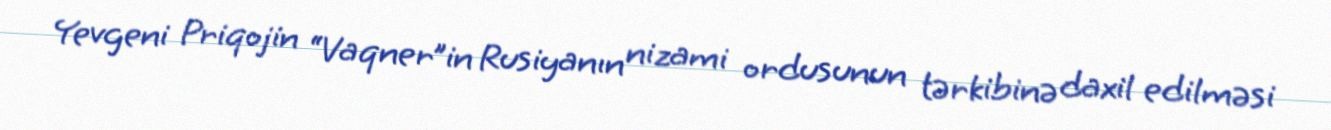
Yevgeni Priqojin “Vaqner”in Rusiyanın nizami ordusunun tərkibinə daxil edilməsi